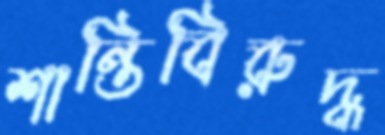
শান্তিবিরুদ্ধ